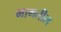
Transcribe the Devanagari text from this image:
मागतील